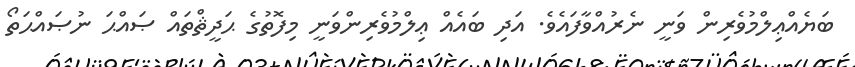
ބަޔެއްޢިލްމުވެރިން ވަނީ ނެރުއްވާފައެވެ. އަދި ބައެއް ޢިލްމުވެރިންވަނީ މިފޮތުގެ ޙަދީޘްތައް ޞައްޙަ ނުޞައްޙަތޯ